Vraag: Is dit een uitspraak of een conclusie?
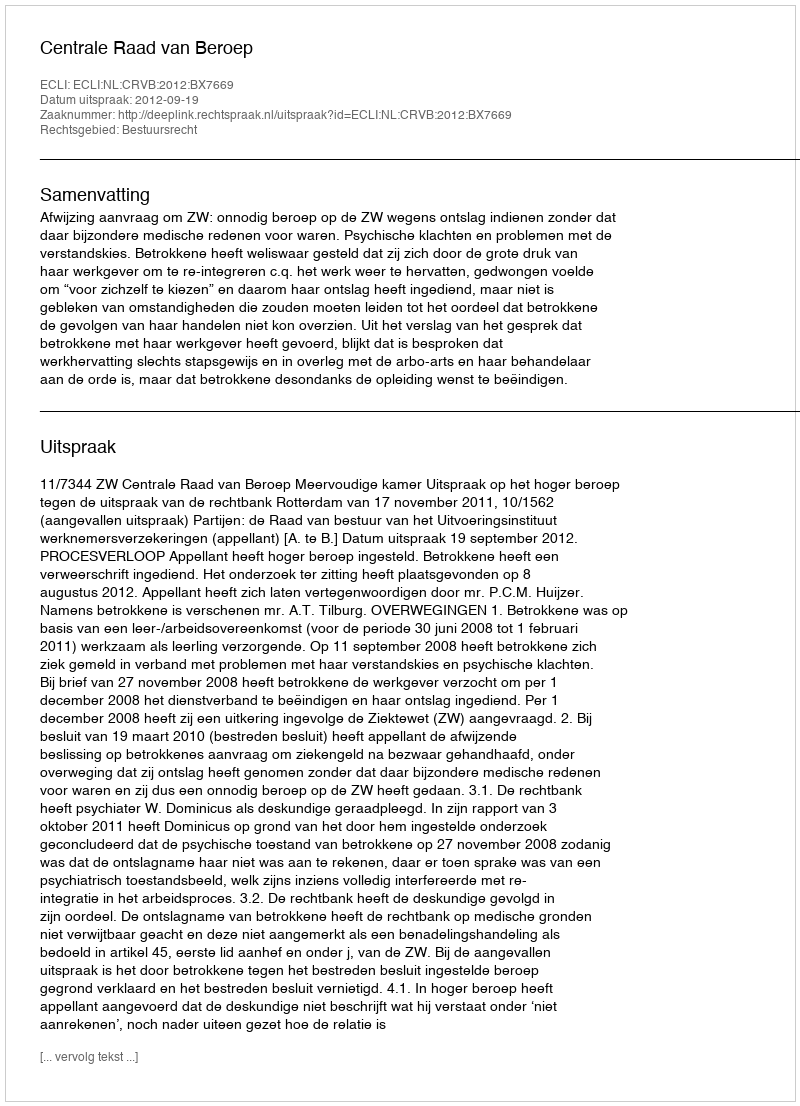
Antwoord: Uitspraak